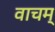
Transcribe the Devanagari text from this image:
वाचम्